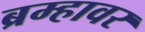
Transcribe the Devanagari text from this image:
ब्रम्हावर